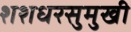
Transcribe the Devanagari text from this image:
शशधरसुमुखी